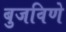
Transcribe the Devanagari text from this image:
बुजविणे